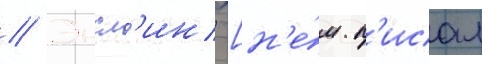
// Энсл'ин [н'е́м. п'исал